Vaccination in Burma 1912-1922 - 1912-1922
Year: 1912
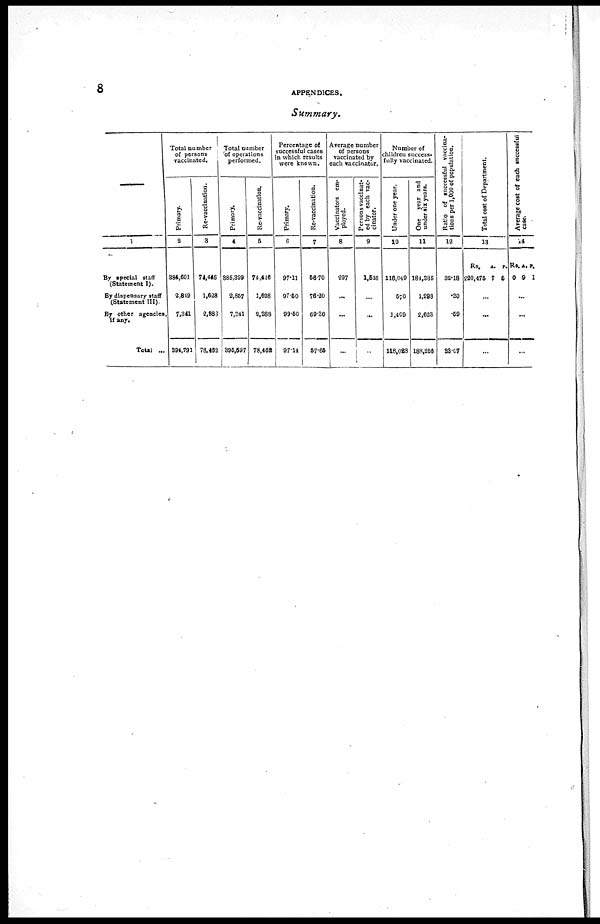
8
APPENDICES.
Summary.
—
1
By special staff
(Statement I).
By dispensary staff
(Statement III).
By other agencies
if any.
Total ...
Total number
of persons
vaccinated.
Primary.
2
384,601
2,849
7,341
394,791
Re-vaccination.
3
74,446
1,628
2,883
78,462
Total number
of operations
performed.
Primary.
4
385,399
2,857
7,341
396,597
Re-vaccination.
5
74,446
1,628
2,388
78,462
Percentage of
successful cases
In which results
were known.
Primary.
6
97.11
97.50
99.50
97.14
Re-vaccination.
7
56.70
76.20
69.30
57.65
Average number
of persons
vaccinated by
each vaccinator.
Vaccinators em-
ployed.
8
297
...
...
...
Persons vaccinat-
ed by each vac-
cinator.
9
1,546
...
...
...
Number of
children success-
fully vaccinated.
Under one year.
10
116,049
570
1,409
118,028
One year and
under six years.
11
184,335
1,298
2,623
188,256
Ratio of successful vaccina-
tions per 1,000 of population.
12
32.18
.30
.59
33.07
Total cost of Department.
13
Rs.
220,475
A.
7
P.
5
...
...
...
Average cost of each successful
case.
14
Rs.
0
A.
9
P.
1
...
...
...